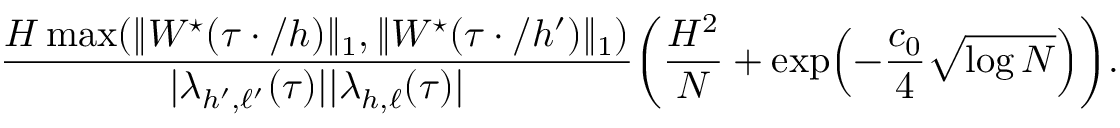
\frac { H \operatorname* { m a x } ( \| W ^ { \star } ( \tau \cdot / h ) \| _ { 1 } , \| W ^ { \star } ( \tau \cdot / h ^ { \prime } ) \| _ { 1 } ) } { | \lambda _ { h ^ { \prime } , \ell ^ { \prime } } ( \tau ) | | \lambda _ { h , \ell } ( \tau ) | } \biggl ( \frac { H ^ { 2 } } { N } + \exp \Bigl ( - \frac { c _ { 0 } } { 4 } \sqrt { \log N } \Bigr ) \biggr ) .